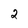
Character: 2